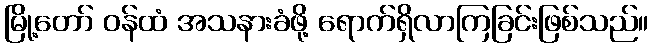
မြို့တော် ဝန်ထံ အသနားခံဖို့ ရောက်ရှိလာကြခြင်းဖြစ်သည်။